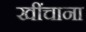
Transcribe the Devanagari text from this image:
खींचाना